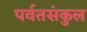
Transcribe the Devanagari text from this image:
पर्वतसंकुल